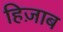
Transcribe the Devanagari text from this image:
हिज़ाब